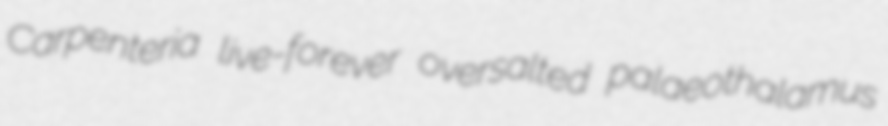
Carpenteria live-forever oversalted palaeothalamus